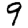
Digit: 9